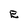
Character: E